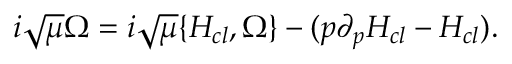
\begin{array} { r } { i \sqrt { \mu } \Omega = i \sqrt { \mu } \{ H _ { c l } , \Omega \} - ( p \partial _ { p } H _ { c l } - H _ { c l } ) . } \end{array}